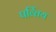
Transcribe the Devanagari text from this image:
पर्व्तिय